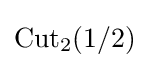
\mathrm {Cut} _{2}(1/2)